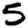
Digit: 5